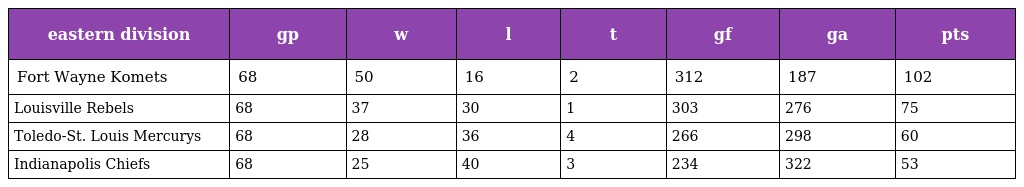
| eastern division | gp | w | l | t | gf | ga | pts |
 | --- | --- | --- | --- | --- | --- | --- | --- |
 | Fort Wayne Komets | 68 | 50 | 16 | 2 | 312 | 187 | 102 |
 | Louisville Rebels | 68 | 37 | 30 | 1 | 303 | 276 | 75 |
 | Toledo-St. Louis Mercurys | 68 | 28 | 36 | 4 | 266 | 298 | 60 |
 | Indianapolis Chiefs | 68 | 25 | 40 | 3 | 234 | 322 | 53 |